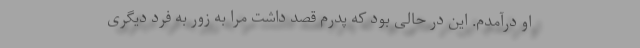
او درآمدم. این در حالی بود که پدرم قصد داشت مرا به زور به فرد دیگری